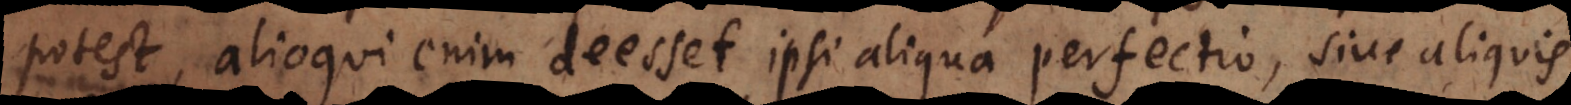
potest, alioqui enim deesset ipsi aliqua perfectio, sive aliquis